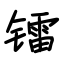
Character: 镭